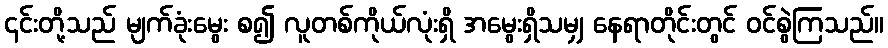
၎င်းတို့သည် မျက်ခုံးမွေး စ၍ လူတစ်ကိုယ်လုံးရှိ အမွေးရှိသမျှ နေရာတိုင်းတွင် ဝင်စွဲကြသည်။